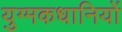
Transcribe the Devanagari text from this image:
युग्मकधानियों